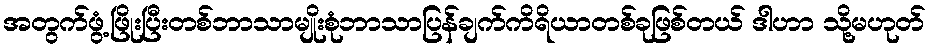
အတွက်ဖွံ့ဖြိုးပြီးတစ်ဘာသာမျိုးစုံဘာသာပြန်ချက်ကိရိယာတစ်ခုဖြစ်တယ် ဒါဟာ သို့မဟုတ်